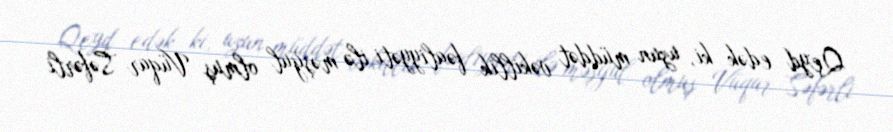
Qeyd edək ki, uzun müddət vəkillik fəaliyyəti ilə məşğul olmuş Vüqar Səfərli